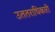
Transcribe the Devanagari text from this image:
उततराधिकारी